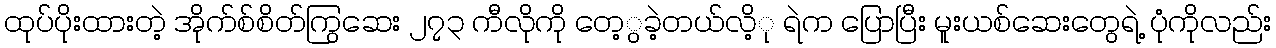
ထုပ်ပိုးထားတဲ့ အိုက်စ်စိတ်ကြွဆေး ၂၇၃ ကီလိုကို တေ့ွခဲ့တယ်လိ့ု ရဲက ပြောပြီး မူးယစ်ဆေးတွေရဲ့ ပုံကိုလည်း